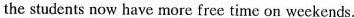
the students now have more free time on weekends.